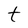
Character: t